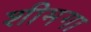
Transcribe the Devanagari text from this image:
शीमगा